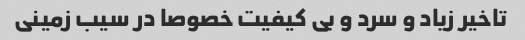
تاخیر زیاد و سرد و بی کیفیت خصوصا در سیب زمینی